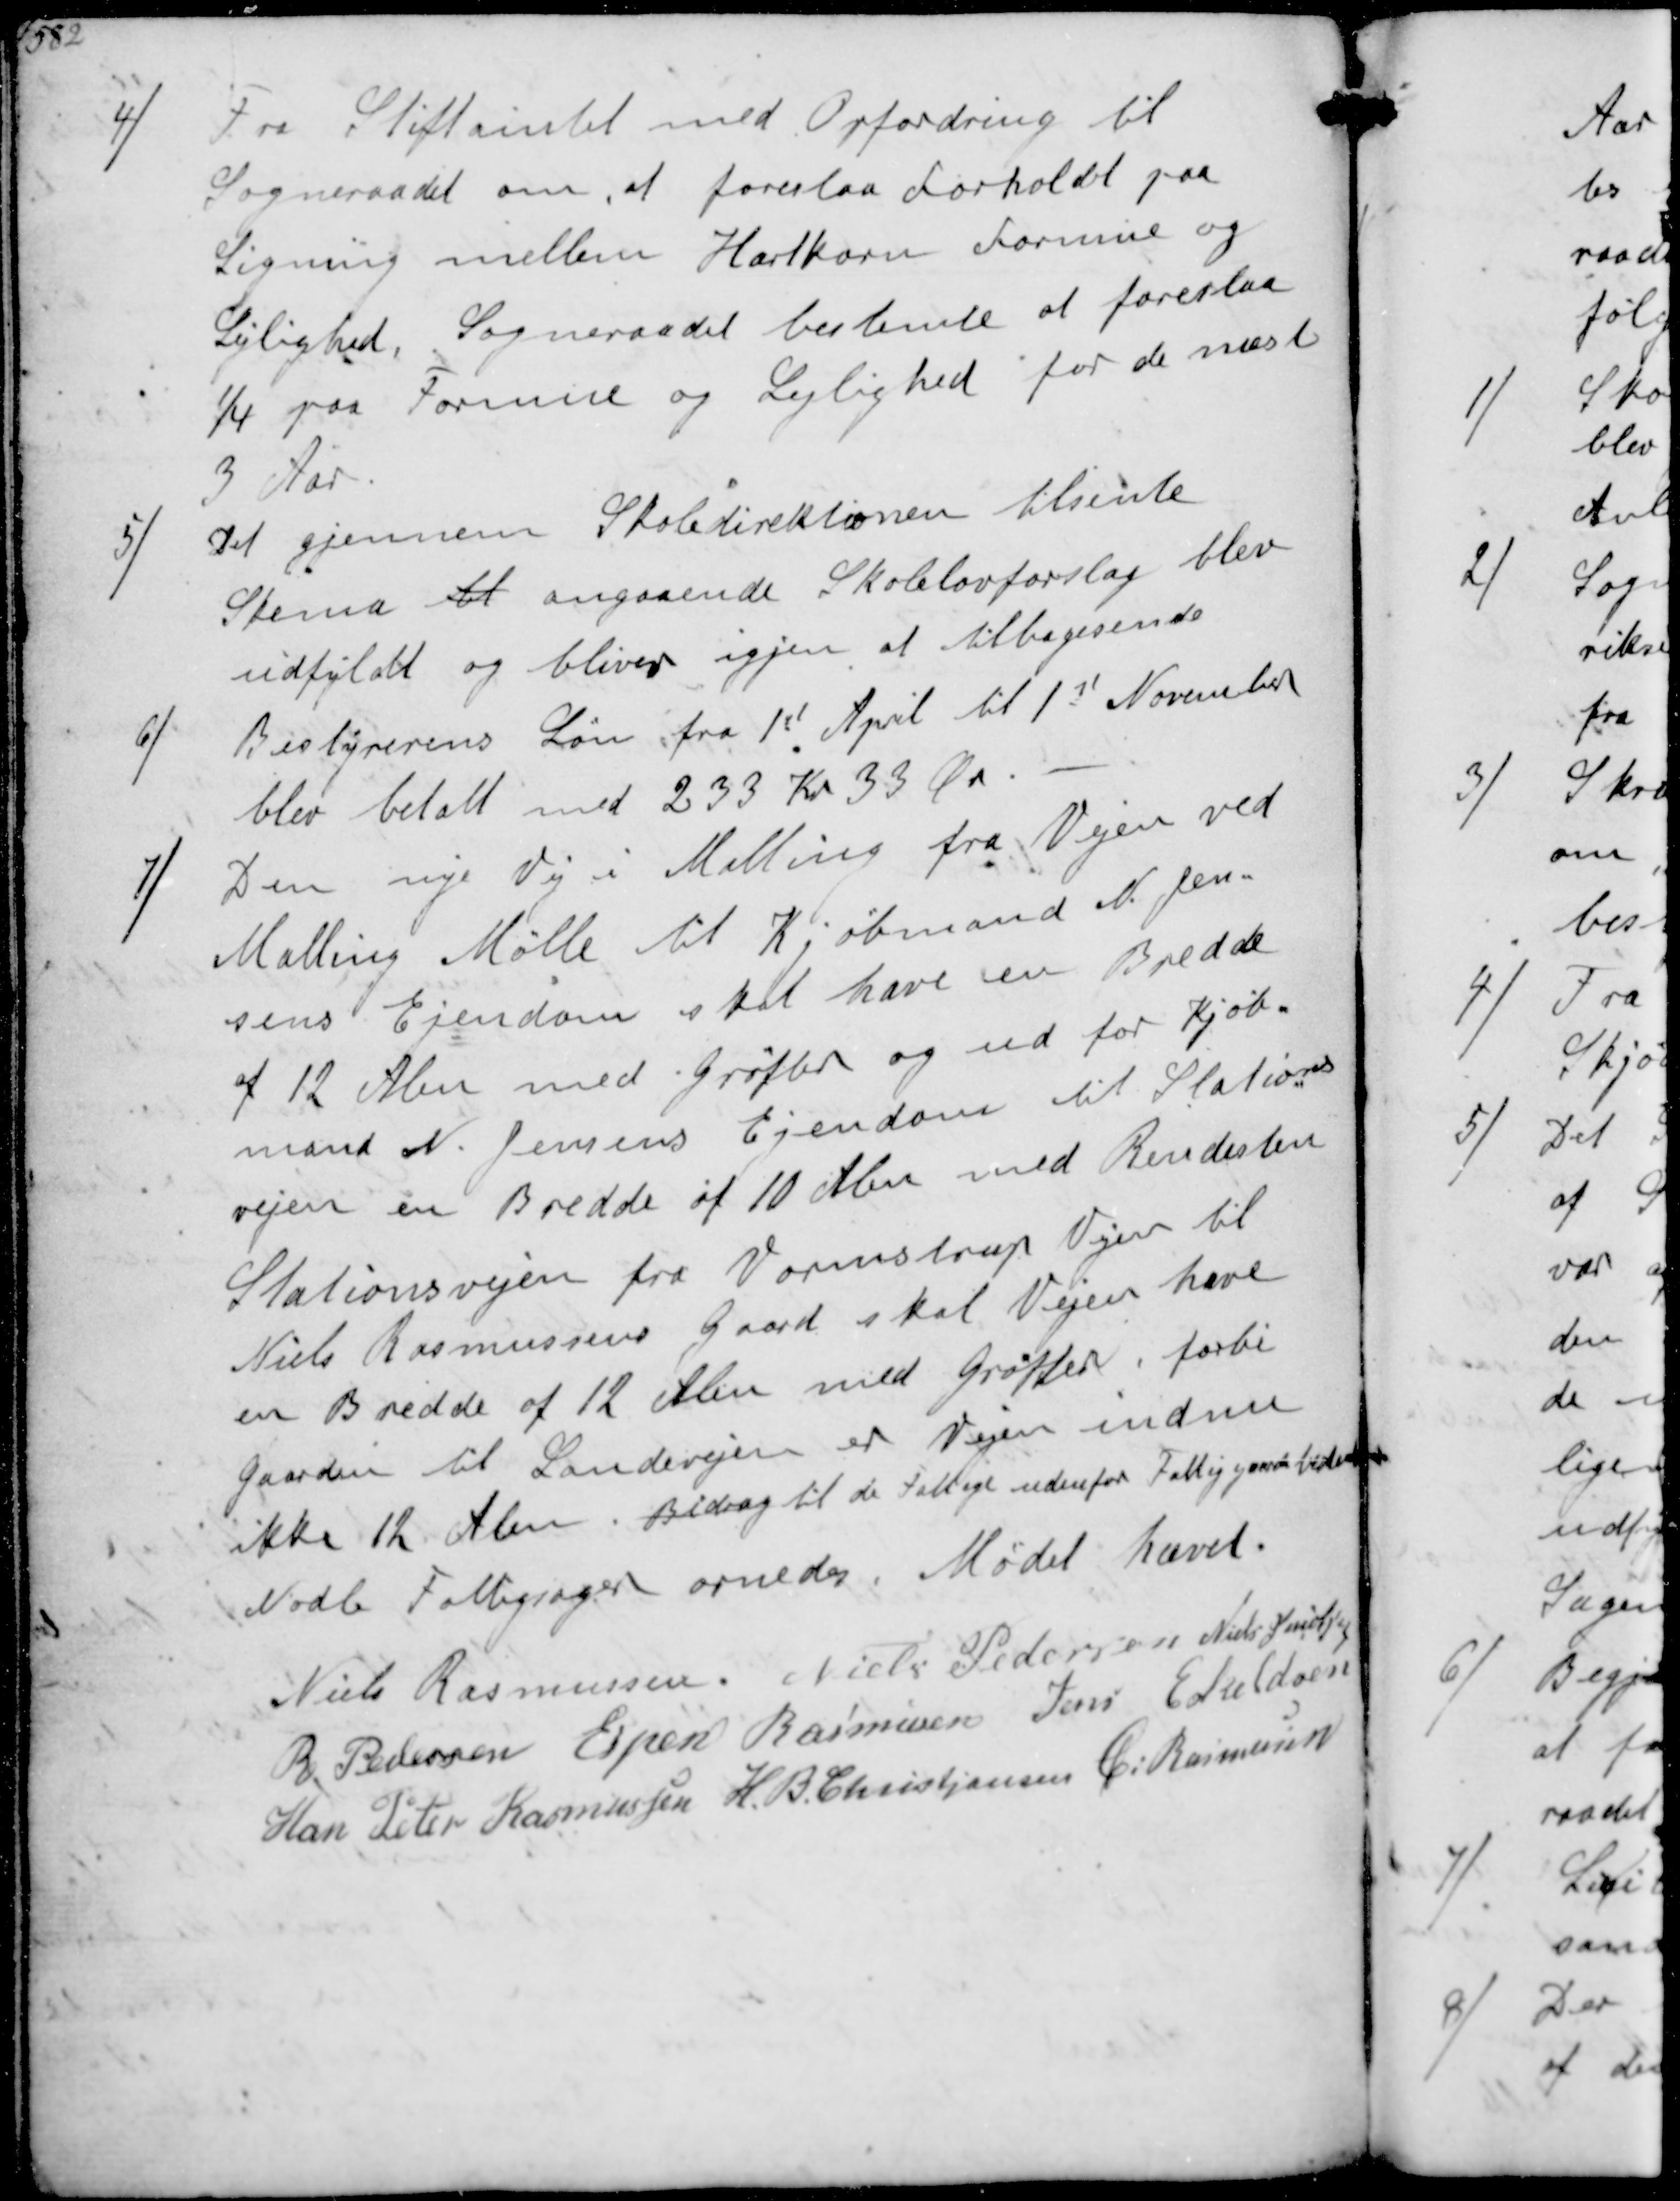
Transskription:
4/
Fra Stiftamtet med Opfordring til
Sogneraadet om at foreslaa Forholdet paa
Ligning mellem Hartkorn Formue og
Lejlighed. Sogneraadet bestemte at foreslaa
1/4 paa Formue og Lejlighed for de næste
3 Aar
5/
Det gjennem Skoledirektionen tilsente
Skema bl angaaende Skolelovforslag blev
udfyldt og bliver igjen at tilbagesende
6/
Bestyrerens Løn fra 1st April til 1st November
blev betalt med 233 Kr 33 Øre
7/
Den nye Vej i Malling fra Vejen ved
Malling Mølle til Kjøbmand N Jen-
sens Ejendom skal have en Bredde
a 12 Alen med Grøfter og ud for Kjøb-
mand N. Jensens Ejendom til Stations-
vejen en Bredde af 10 Alen med Rendesten
Stationsvejen fra Vormstrup Vejen til
Niels Rasmussens Gaard skal Vejen have
en Bredde af 12 Alen med Grøfter, forbi
Gaarden til Landevejen er Vejen indnu
ikke 12 Alen. Bidrag til de Fattige udenfor Fattigaarden bestemtes
Nodle Fattigsager ornedes. Mødet hævet
Niels Rasmussen
Niels Pedersen
Niels Jacobsen
R. Pedersen
Espen Rasmussen
Jens Eskeldsen
Han Peder Rasmussen
H. B. Christjansen
C. Rasmussen